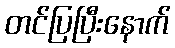
တင်ပြပြီးနောက်